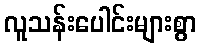
လူသန်းပေါင်းများစွာ